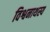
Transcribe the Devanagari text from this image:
विश्वनाथस्य